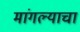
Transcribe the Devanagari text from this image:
मांगल्याचा